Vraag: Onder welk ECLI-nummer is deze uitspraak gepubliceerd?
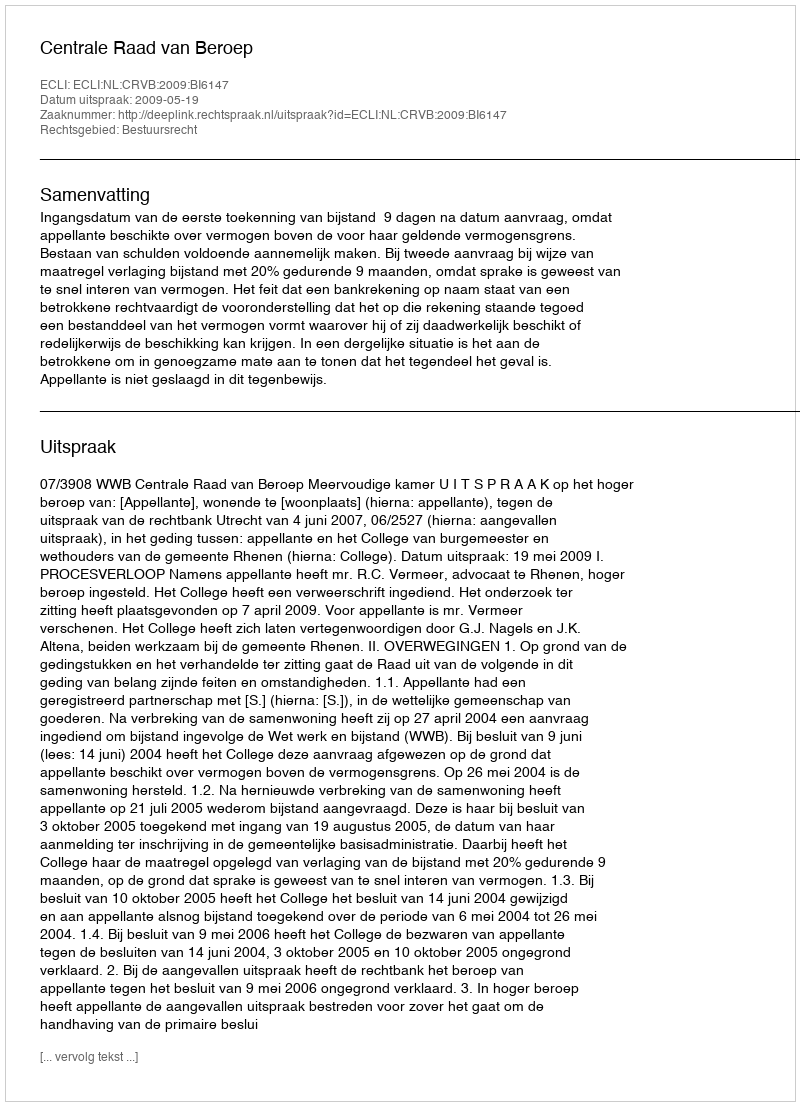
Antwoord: ECLI:NL:CRVB:2009:BI6147